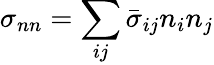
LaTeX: \sigma_{nn}=\sum_{ij}\bar{\sigma}_{ij}n_{i}n_{j}